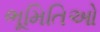
ભૂમિતિઓ